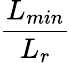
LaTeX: \frac{L_{min}}{L_{r}}